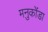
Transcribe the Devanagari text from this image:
मनुकोंडा